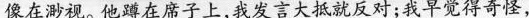
像在渺视。他蹲在席子上,我发言大抵就反对;我早觉得奇怪，